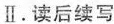
Ⅱ.读后续写